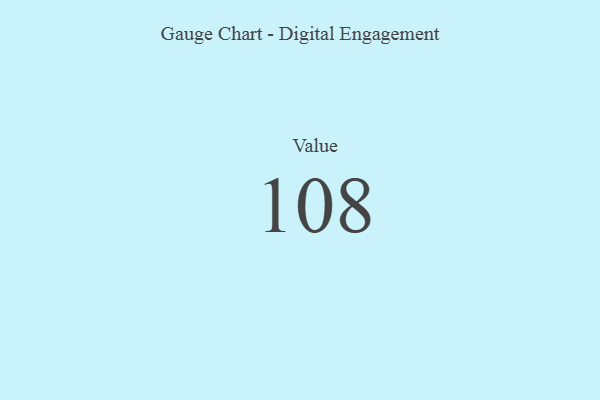
{"axis": {"x": "Metric", "y": "Value"}, "legend": [""], "data": [{"x": "Value", "y": 108, "type": ""}]}